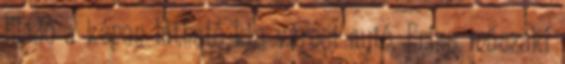
Eladó a képen látható kis városi autó. Friss műszaki